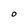
Character: 0